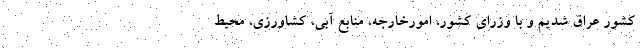
کشور عراق شدیم و با وزرای کشور، امورخارجه، منابع آبی، کشاورزی، محیط